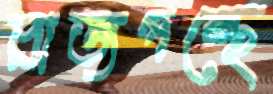
রাজপন্থে